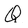
Character: Q